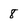
Character: 8